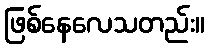
ဖြစ်နေလေသတည်း။